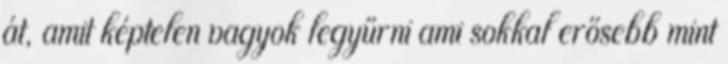
át, amit képtelen vagyok legyűrni ami sokkal erősebb mint